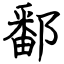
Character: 鄱